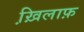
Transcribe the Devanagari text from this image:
ख़ि़लाफ़